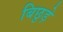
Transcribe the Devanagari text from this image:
बिछुड़े